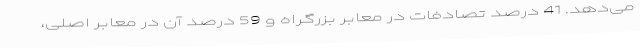
می‌دهد. 41 درصد تصادفات در معابر بزرگراه و 59 درصد آن در معابر اصلی،